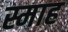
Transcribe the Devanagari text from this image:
स्माह